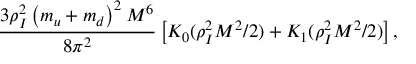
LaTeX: { \frac { 3 \rho _ { I } ^ { 2 } \left( m _ { u } + m _ { d } \right) ^ { 2 } M ^ { 6 } } { 8 \pi ^ { 2 } } } \left[ K _ { 0 } ( \rho _ { I } ^ { 2 } M ^ { 2 } / 2 ) + K _ { 1 } ( \rho _ { I } ^ { 2 } M ^ { 2 } / 2 ) \right] ,